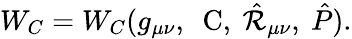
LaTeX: W_{C}=W_{C}(g_{\mu\nu},\ \mathrm{\mathbf~C},\ \hat{\cal R}_{\mu\nu},\ \hat{P}).